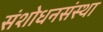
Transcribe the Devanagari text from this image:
संशोधनसंस्था